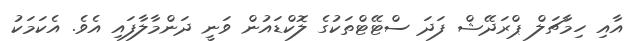
އާއި ހިމާޗަލް ޕްރަދޭޝް ފަދަ ސްޓޭޓްތަކުގެ ލޮކްޑައުން ވަނީ ދަންމާލާފައި އެވެ. އެކަމަކު